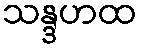
သန္ဒဟထ